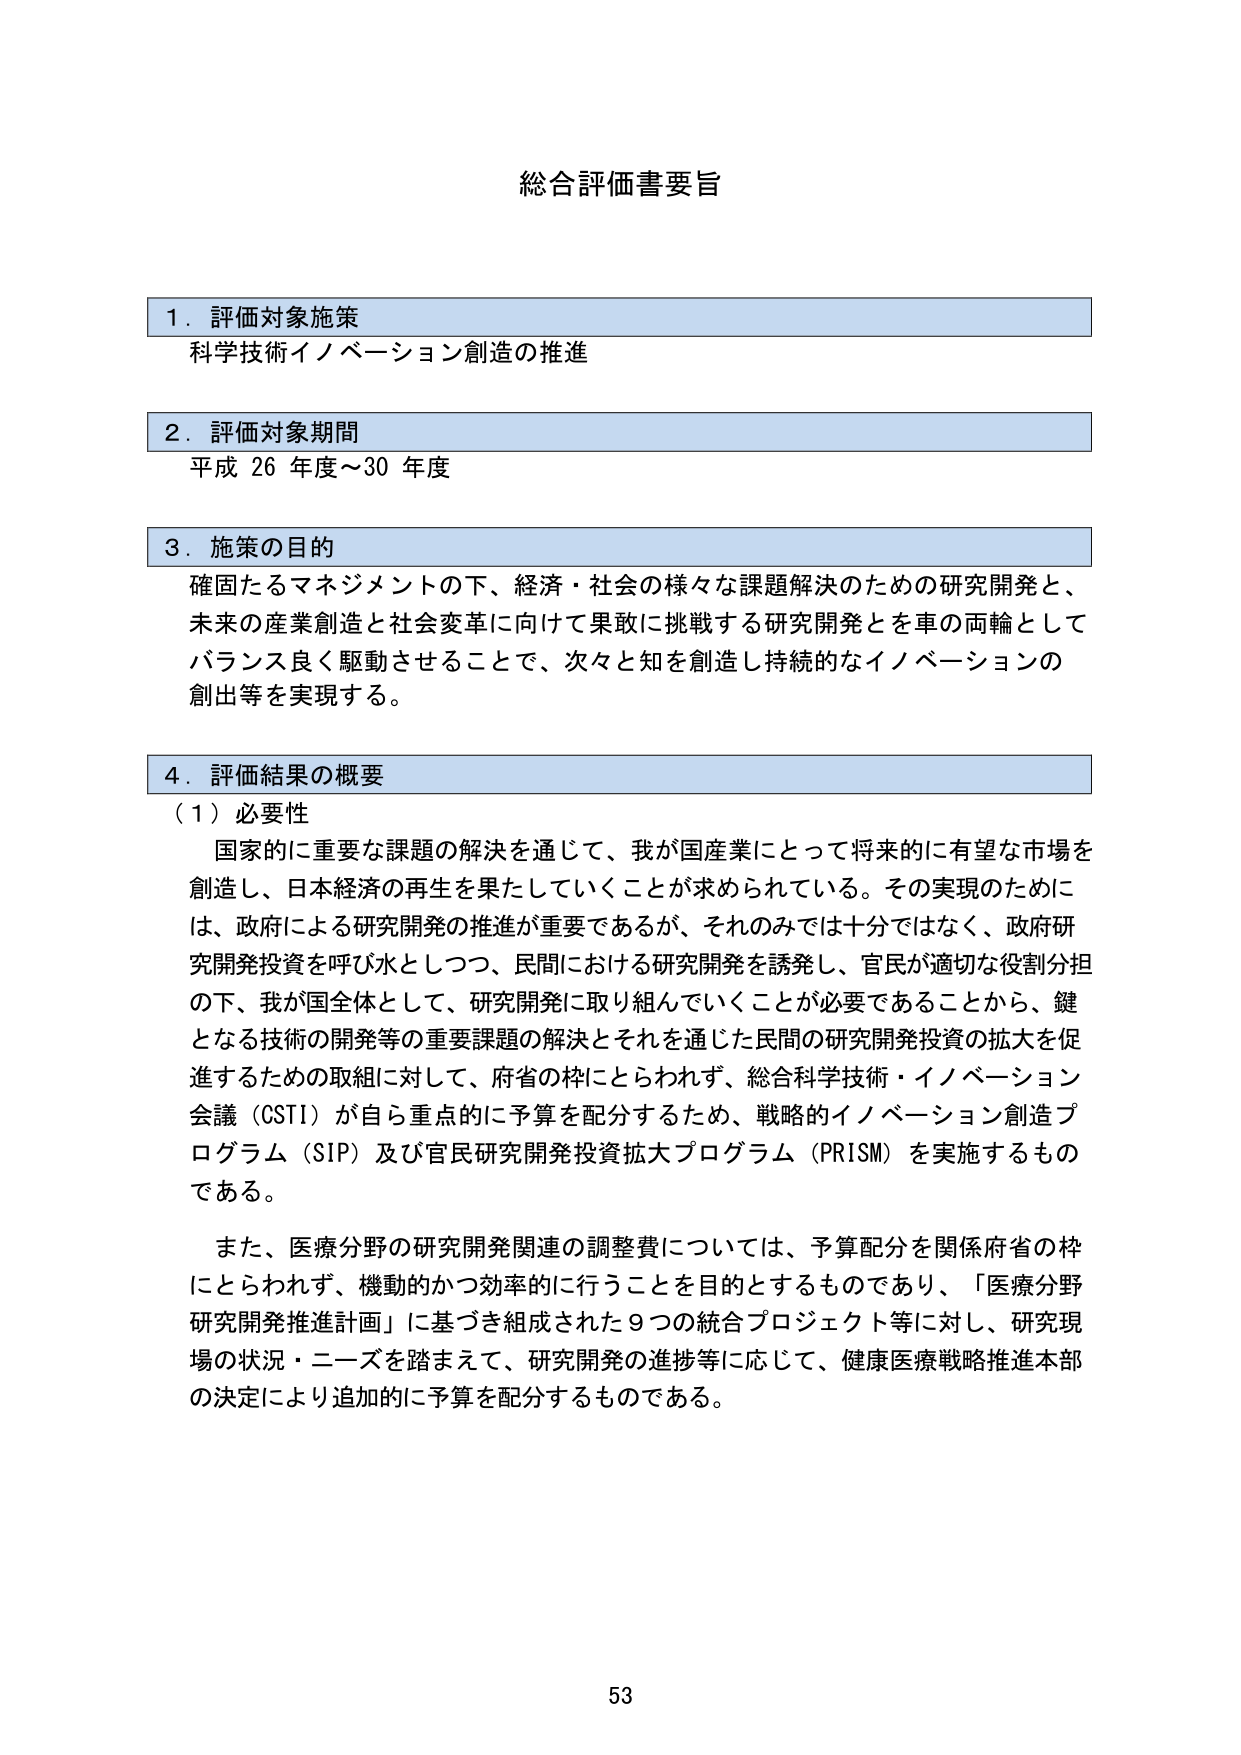
総合評価書要旨

1．評価対象施策
科学技術イノベーション創造の推進

2．評価対象期間
平成26年度～30年度

3．施策の目的
確固たるマネジメントの下、経済・社会の様々な課題解決のための研究開発と、
未来の産業創造と社会変革に向けて果敢に挑戦する研究開発とを車の両輪として
バランス良く駆動させることで、次々と知を創造し持続的なイノベーションの
創出等を実現する。

4．評価結果の概要
（1）必要性
国家的に重要な課題の解決を通じて、我が国産業にとって将来的に有望な市場を
創造し、日本経済の再生を果たしていくことが求められている。その実現のために
は、政府による研究開発の推進が重要であるが、それのみでは十分ではなく、政府研
究開発投資を呼び水としつつ、民間における研究開発を誘発し、官民が適切な役割分担
の下、我が国全体として、研究開発に取り組んでいくことが必要であることから、鍵
となる技術の開発等の重要課題の解決とそれを通じた民間の研究開発投資の拡大を促
進するための取組に対して、府省の枠にとらわれず、総合科学技術・イノベーション
会議（CSTI）が自ら重点的に予算を配分するため、戦略的イノベーション創造プ
ログラム（SIP）及び官民研究開発投資拡大プログラム（PRISM）を実施するもの
である。

また、医療分野の研究開発関連の調整費については、予算配分を関係府省の枠
にとらわれず、機動的かつ効率的に行うことを目的とするものであり、「医療分野
研究開発推進計画」に基づき組成された9つの統合プロジェクト等に対し、研究現
場の状況・ニーズを踏まえて、研究開発の進捗等に応じて、健康医療戦略推進本部
の決定により追加的に予算を配分するものである。

53